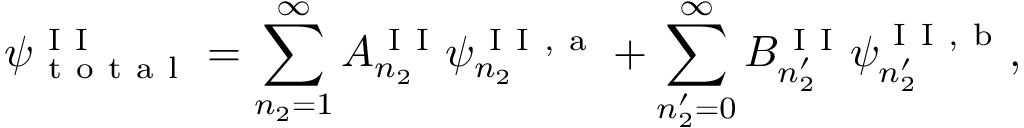
\psi _ { \mathrm { ~ t ~ o ~ t ~ a ~ l ~ } } ^ { \mathrm { ~ I ~ I ~ } } = \sum _ { n _ { 2 } = 1 } ^ { \infty } A _ { n _ { 2 } } ^ { \mathrm { ~ I ~ I ~ } } \psi _ { n _ { 2 } } ^ { \mathrm { ~ I ~ I ~ , ~ a ~ } } + \sum _ { n _ { 2 } ^ { \prime } = 0 } ^ { \infty } B _ { n _ { 2 } ^ { \prime } } ^ { \mathrm { ~ I ~ I ~ } } \psi _ { n _ { 2 } ^ { \prime } } ^ { \mathrm { ~ I ~ I ~ , ~ b ~ } } ,